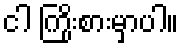
ငါ ကြိုးစားမှာပါ။